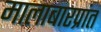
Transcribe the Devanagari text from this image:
मालाबारप्रांत